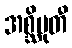
အစ္ဆိမုတီ